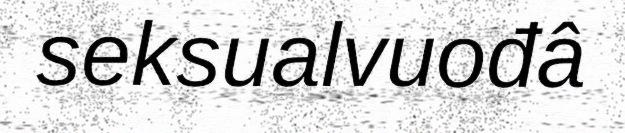
seksualvuođâ